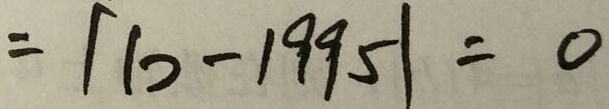
= \vert b - 1 9 9 5 \vert = 0